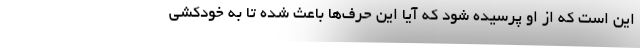
این است که از او پرسیده شود که آیا این حرف‌ها باعث شده تا به خودکشی